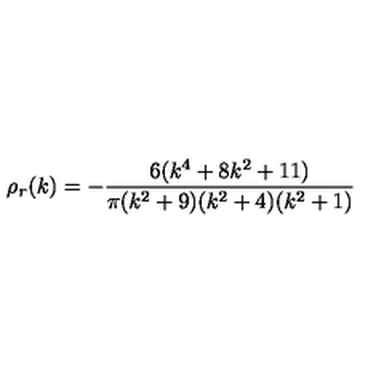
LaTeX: \rho _ { r } ( k ) = - { \frac { 6 ( k ^ { 4 } + 8 k ^ { 2 } + 1 1 ) } { \pi ( k ^ { 2 } + 9 ) ( k ^ { 2 } + 4 ) ( k ^ { 2 } + 1 ) } }